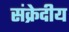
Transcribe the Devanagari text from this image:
संक्रेदीय